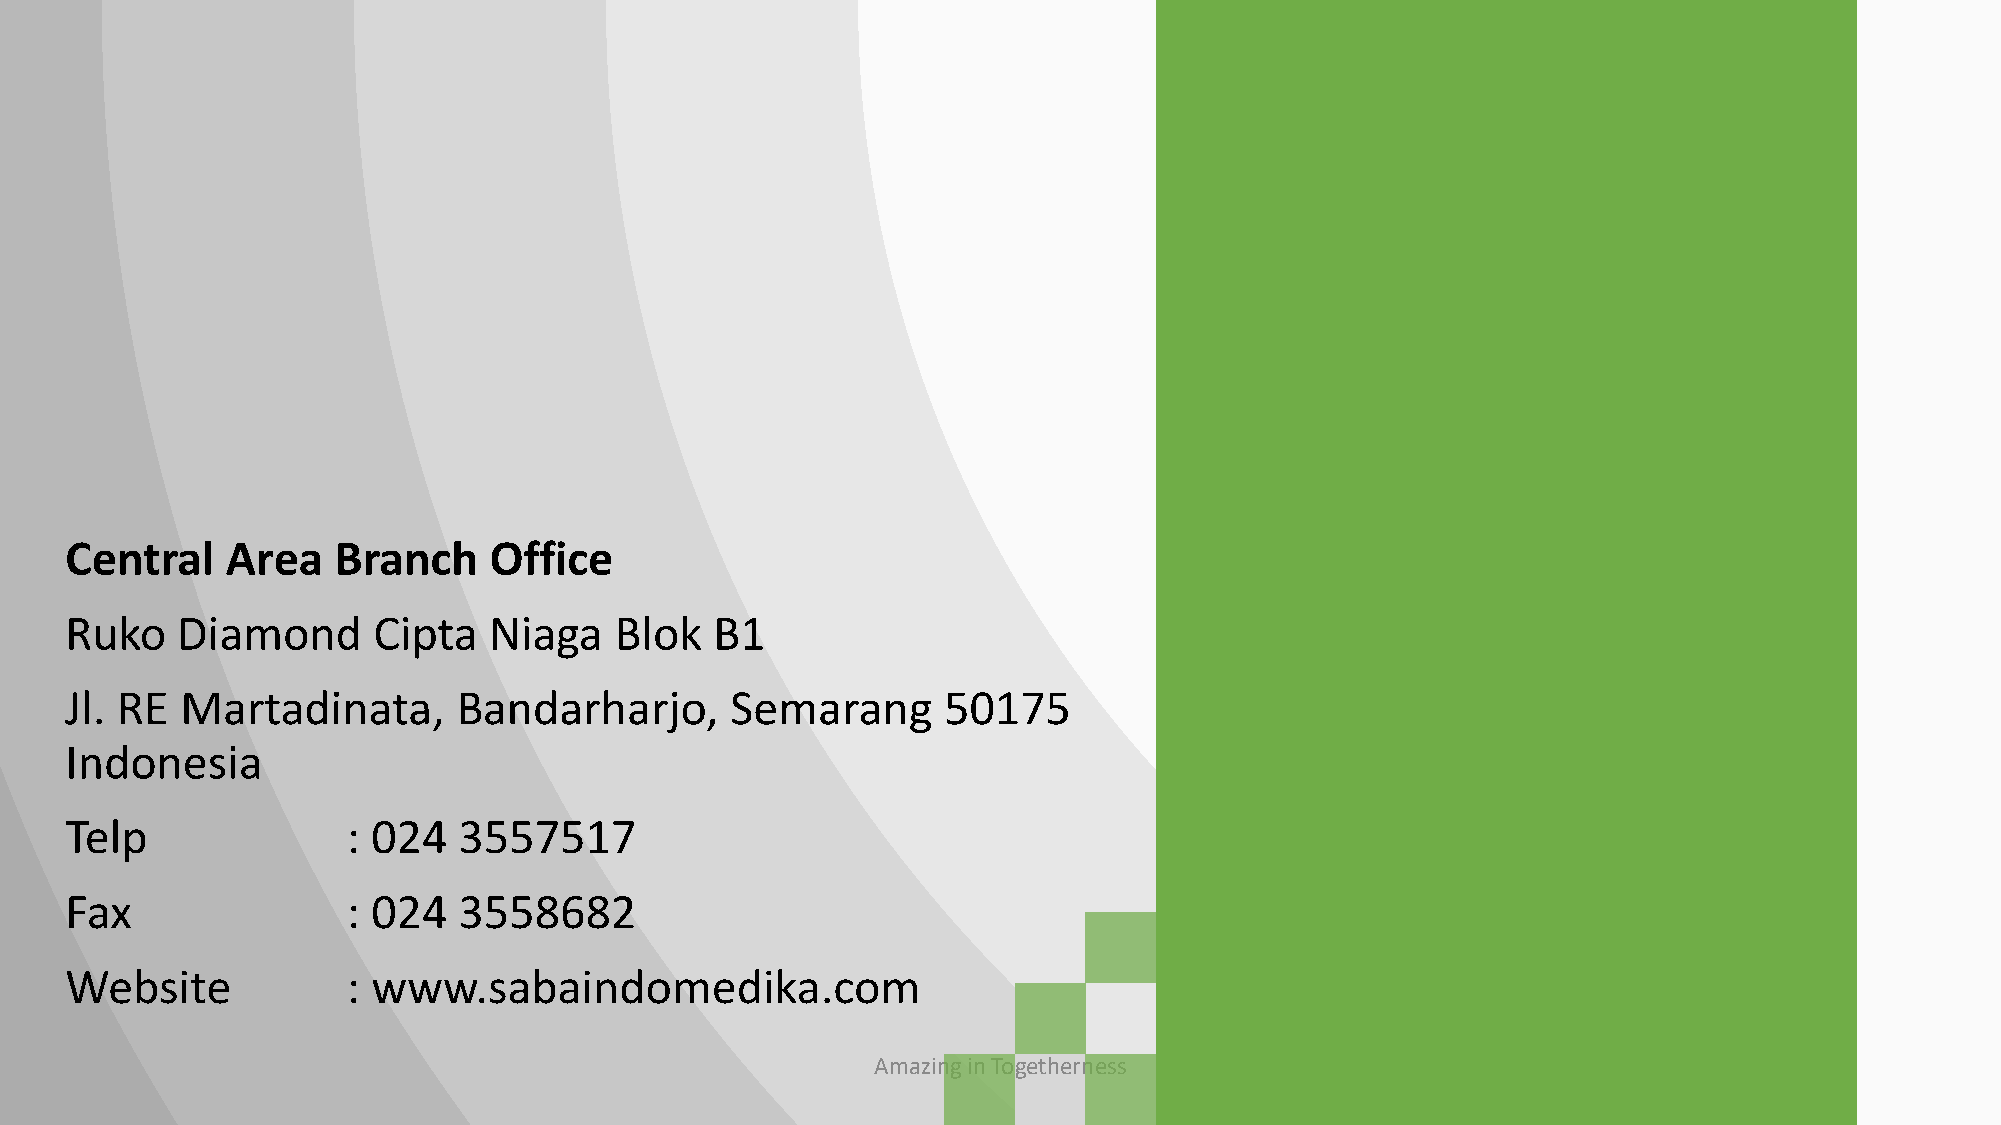
Central    Area   Branch    Office
 Ruko    Diamond      Cipta  Niaga    Blok  B1
 Jl. RE  Martadinata,      Bandarharjo,      Semarang      50175
 Indonesia
 Telp               : 024  3557517
 Fax                : 024  3558682
 Website            : www.sabaindomedika.com
 Amazing in Togetherness